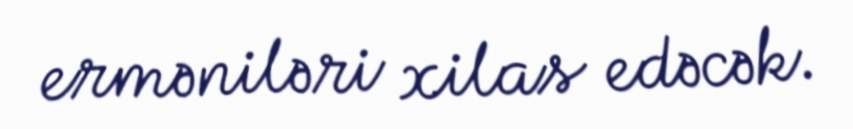
erməniləri xilas edəcək.